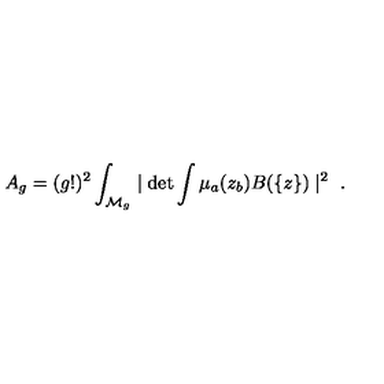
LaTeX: A _ { g } = ( g ! ) ^ { 2 } \int _ { { \cal M } _ { g } } \mid \det \int \mu _ { a } ( z _ { b } ) B ( \{ z \} ) \mid ^ { 2 } \ .